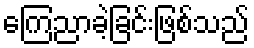
ကြေညာခဲ့ခြင်းဖြစ်သည်